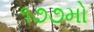
૧૭૭મો